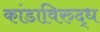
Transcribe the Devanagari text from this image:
कांडाविरुद्ध